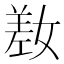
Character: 𫶯